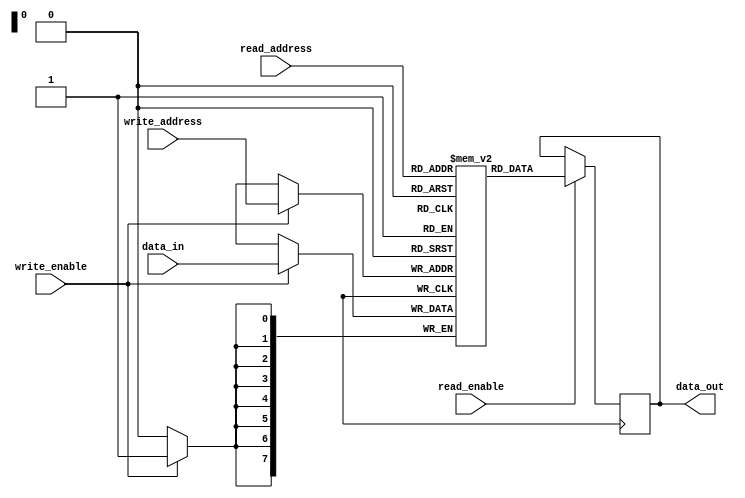
module Register_File (
    input wire [7:0] read_address,
    input wire [7:0] write_address,
    input wire [7:0] data_in,
    input wire read_enable,
    input wire write_enable,
    output reg [7:0] data_out
);

reg [7:0] registers [255:0]; // create 256 registers, each containing 8 bits

always @(posedge clk) begin
    if (read_enable) begin
        data_out <= registers[read_address];
    end
    if (write_enable) begin
        registers[write_address] <= data_in;
    end
end

endmodule